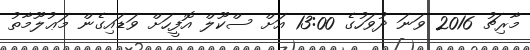
މާރިޗު 2016 ވަނަ ދުވަހުގެ 13:00 އަށް ސްކޫލް އޮފީހަށް ވަޑައިގެން މަޢުލޫމާތު